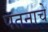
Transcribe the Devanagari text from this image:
पतनाचे